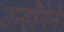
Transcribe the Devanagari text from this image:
उन्होंनेने